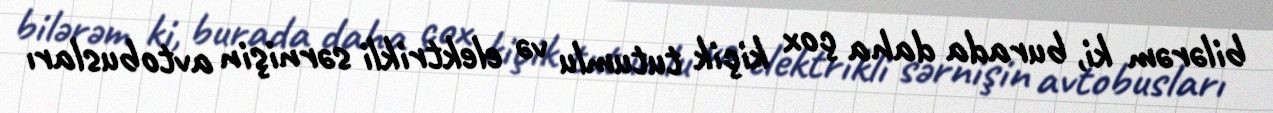
bilərəm ki, burada daha çox kiçik tutumlu və elektrikli sərnişin avtobusları